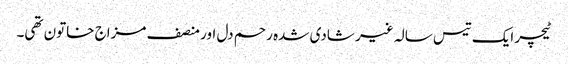
ٹیچر ایک تیس سالہ غیر شادی شدہ رحم دل اور منصف مزاج خاتون تھی۔